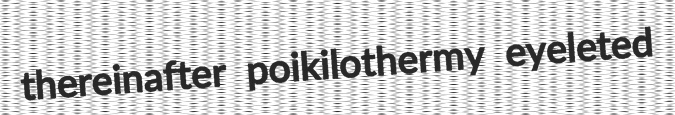
thereinafter poikilothermy eyeleted